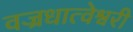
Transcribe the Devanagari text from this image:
वज्रधात्वेश्वरी